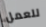
للعمل